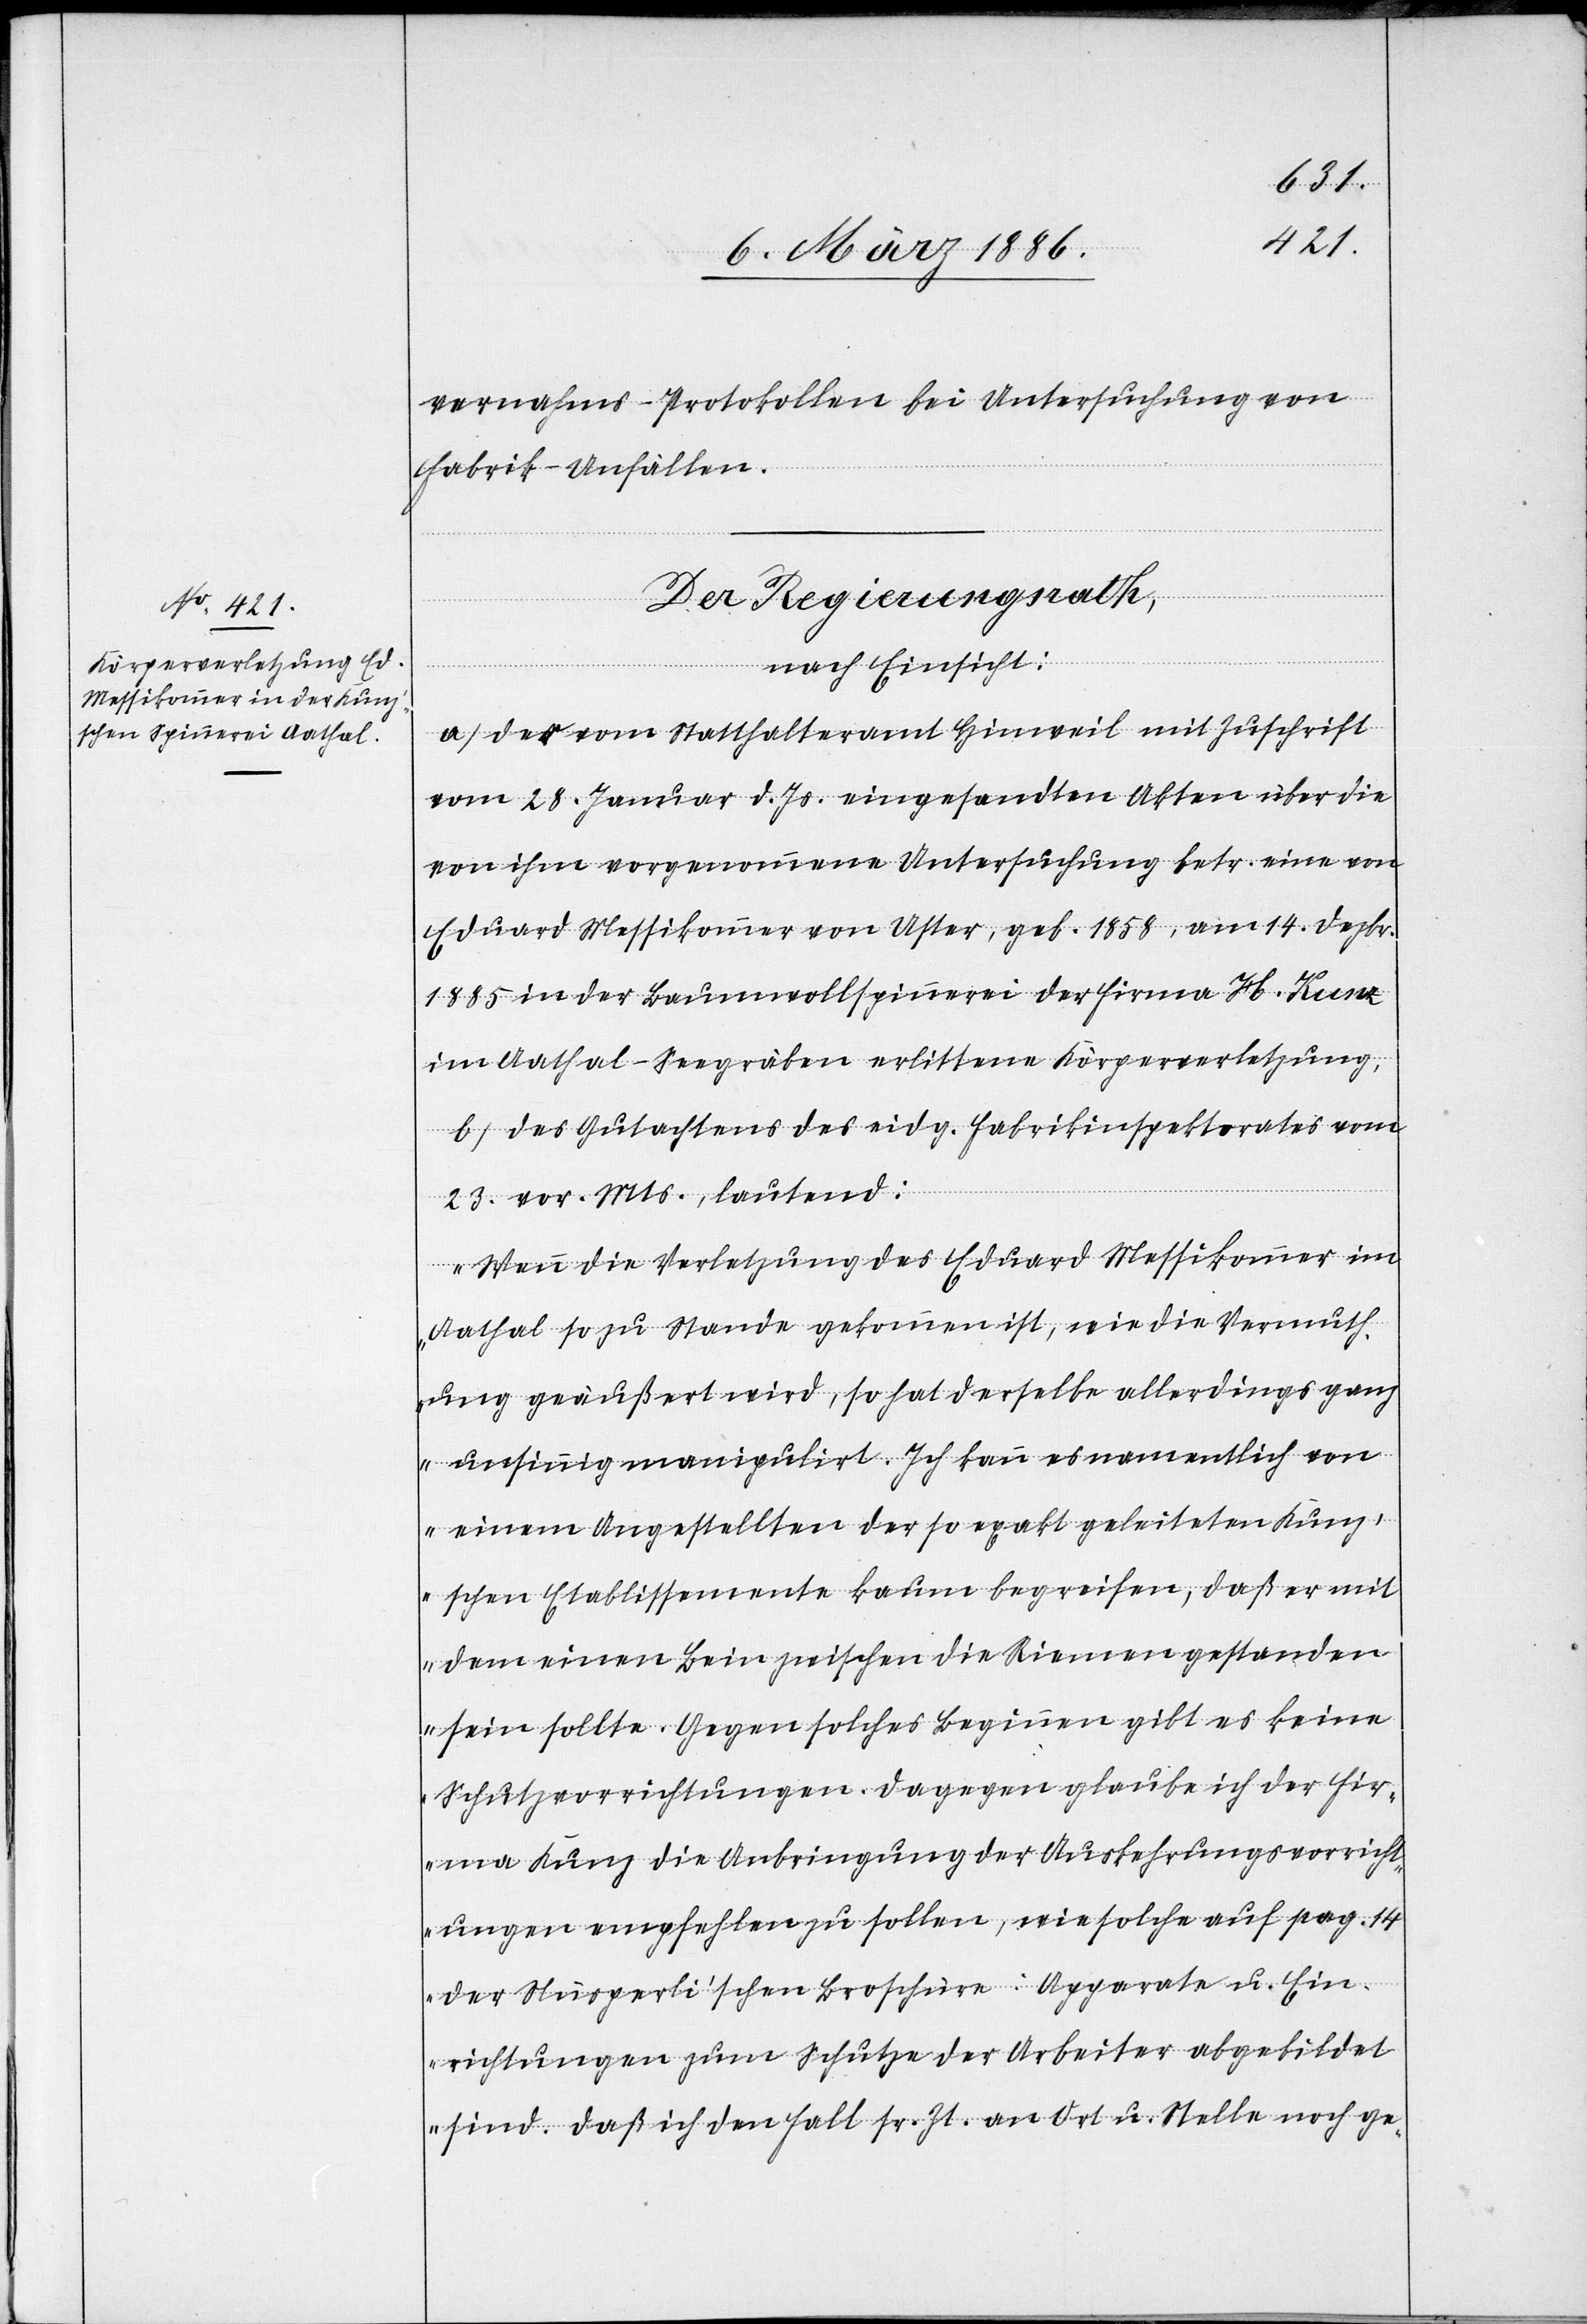
vernahms-Protokollen bei Untersuchung von
Fabrik-Unfällen).
Der Regierungsrath,
nach Einsicht:
a) Der vom Statthalteramt Hinweil mit Zuschrift
vom 28. Januar d. Js. eingesandten Akten über die
von ihm vorgenommene Untersuchung betr. eine von
Eduard Messikommer von Uster, geb. 1858, am 14. Dezbr.
1885 in der Baumwollspinnerei der Firma H. Kunz
im Aathal - Seegräben erlittene Körperverletzung,
b) Des Gutachtens des eidg. Fabrikinspektorates vom
23. vor. Mts., lautend:
„Wenn die Verletzung des Eduard Messikommer im
Aathal so zu Stande gekommen ist, wie die Vermuth¬
ung geäußert wird, so hat derselbe allerdings ganz
unsinnig manipulirt. Ich kann es namentlich von
einem Angestellten der so exakt geleiteten Kun¬
z’schen Etablissemente kaum begreifen, daß er mit
dem einen Bein zwischen die Riemen gestanden
sein sollte. Gegen solches Bedienen gibt es keine
Schutzvorrichtungen. Dagegen glaube ich der Fir¬
ma Kunz die Anbringung der Auskehrungsvorricht¬
ungen empfehlen zu sollen, wie solche auf pag. 14
der Nüsperli’schen Broschüre: Apparate u. Ein¬
richtungen zum Schutze der Arbeiter abgebildet
sind. Daß ich den Fall sr. Zt. an Ort u. Stelle noch ge-